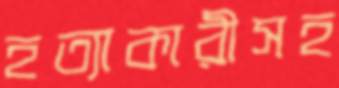
হত্যাকারীসহ